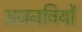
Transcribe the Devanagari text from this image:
अजनवियों